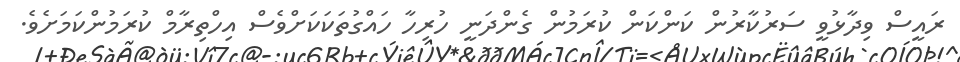
ރައީސް ވިދާޅުވީ ސަރުކާރުން ކަންކަން ކުރަމުން ގެންދަނީ ހުރިހާ ހައްގުތަކަކަށްވެސް އިހްތިރާމް ކުރަމުންކަމަށެވެ.